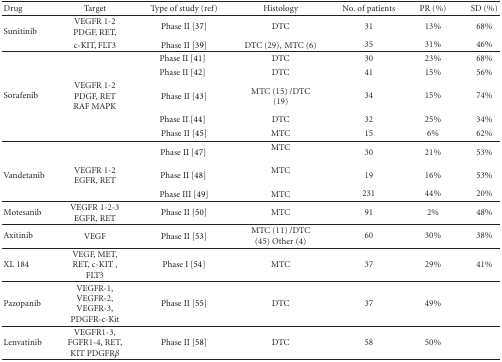
<table><thead><tr><td><b>Drug</b></td><td><b>Target</b></td><td><b>Type of study (ref)</b></td><td><b>Histology</b></td><td><b>No. of patients</b></td><td><b>PR (%)</b></td><td><b>SD (%)</b></td></tr></thead><tbody><tr><td rowspan="2">Sunitinib</td><td>VEGFR 1-2PDGF, RET,</td><td>Phase II [37]</td><td>DTC</td><td>31</td><td>13%</td><td>68%</td></tr><tr><td>c-KIT, FLT3</td><td>Phase II [39]</td><td>DTC (29),MTC (6)</td><td>35</td><td>31%</td><td>46%</td></tr><tr><td> </td><td> </td><td>Phase II [41]</td><td>DTC</td><td>30</td><td>23%</td><td>68%</td></tr><tr><td> </td><td> </td><td>Phase II [42]</td><td>DTC</td><td>41</td><td>15%</td><td>56%</td></tr><tr><td>Sorafenib</td><td>VEGFR 1-2PDGF, RETRAF MAPK</td><td>Phase II [43]</td><td>MTC (15)/DTC (19)</td><td>34</td><td>15%</td><td>74%</td></tr><tr><td> </td><td> </td><td>Phase II [44]</td><td>DTC</td><td>32</td><td>25%</td><td>34%</td></tr><tr><td> </td><td> </td><td>Phase II [45]</td><td>MTC</td><td>15</td><td>6%</td><td>62%</td></tr><tr><td> </td><td> </td><td>Phase II [47] </td><td>MTC</td><td>30</td><td>21%</td><td>53%</td></tr><tr><td>Vandetanib</td><td>VEGFR 1-2EGFR, RET</td><td>Phase II [48] </td><td>MTC</td><td>19</td><td>16%</td><td>53%</td></tr><tr><td> </td><td> </td><td>Phase III [49]</td><td>MTC</td><td>231</td><td>44%</td><td>20%</td></tr><tr><td>Motesanib</td><td>VEGFR 1-2-3EGFR, RET</td><td>Phase II [50]</td><td>MTC</td><td>91</td><td>2%</td><td>48%</td></tr><tr><td>Axitinib</td><td>VEGF</td><td>Phase II [53]</td><td>MTC (11)/DTC (45)Other (4)</td><td>60</td><td>30%</td><td>38%</td></tr><tr><td>XL 184</td><td>VEGF, MET, RET, c-KIT, FLT3</td><td>Phase I [54]</td><td>MTC</td><td>37</td><td>29%</td><td>41%</td></tr><tr><td>Pazopanib</td><td>VEGFR-1, VEGFR-2, VEGFR-3, PDGFR-c-Kit</td><td>Phase II [55]</td><td>DTC</td><td>37</td><td>49%</td><td> </td></tr><tr><td>Lenvatinib</td><td>VEGFR1-3, FGFR1-4, RET, KIT PDGFR<i>β</i></td><td>Phase II [58]</td><td>DTC</td><td>58</td><td>50%</td><td> </td></tr></tbody></table>